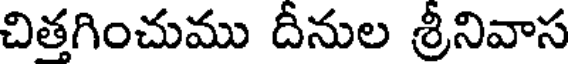
చితగించుము దీనుల శ్రీనివాస